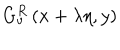
G _ { v } ^ { R } \left( x + \lambda \eta , y \right)